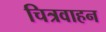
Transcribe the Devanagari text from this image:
चित्रवाहन